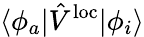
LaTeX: \langle\phi_{a}\vert\hat{V}^{\mathrm{loc}}\vert\phi_{i}\rangle